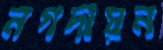
নগদায়ন